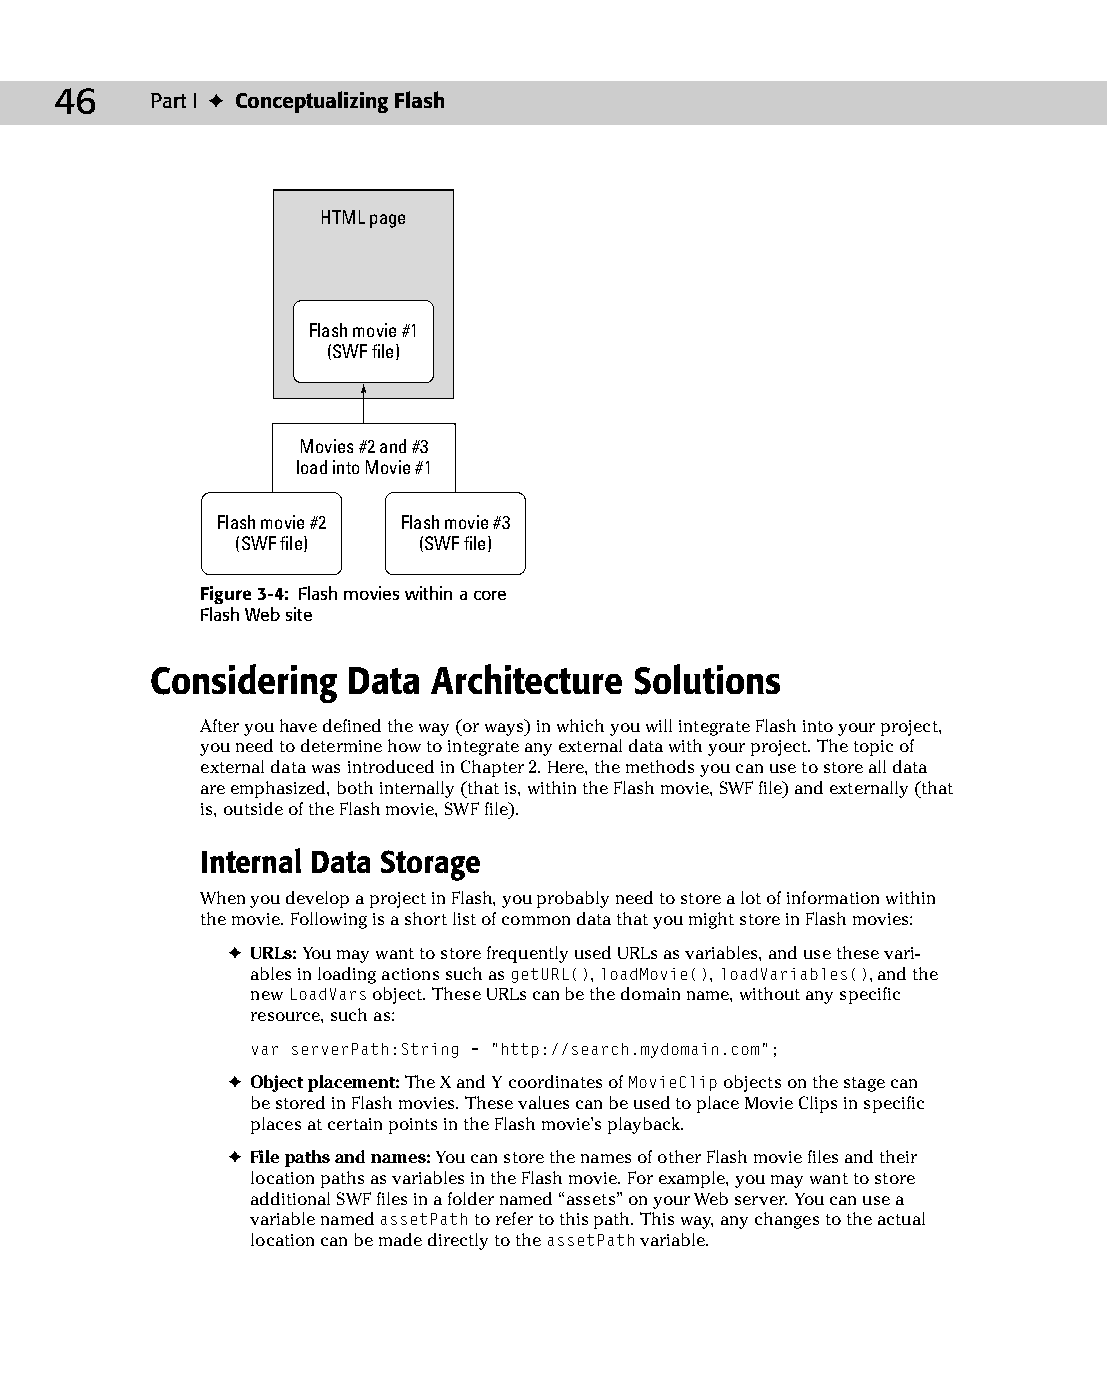
05 543547 ch03.qxd 3/24/04 3:51 PM Page 46
 46    Part I ✦ Conceptualizing Flash
 HTML page
 Flash movie #1
 (SWF file)
 Movies #2 and #3
 load into Movie #1
 Flash movie #2 Flash movie #3
 (SWF file)  (SWF file)
 Figure 3-4: Flash movies within a core
 Flash Web site
 Considering  Data  Architecture Solutions
 After you have defined the way (or ways) in which you will integrate Flash into your project,
 you need to determine how to integrate any external data with your project. The topic of
 external data was introduced in Chapter 2. Here, the methods you can use to store all data
 are emphasized, both internally (that is, within the Flash movie, SWF file) and externally (that
 is, outside of the Flash movie, SWF file).
 Internal Data Storage
 When you develop a project in Flash, you probably need to store a lot of information within
 the movie. Following is a short list of common data that you might store in Flash movies:
 ✦ URLs: You may want to store frequently used URLs as variables, and use these vari­
 ables in loading actions such as getURL(), loadMovie(), loadVariables(), and the
 new LoadVars object. These URLs can be the domain name, without any specific
 resource, such as:
 var serverPath:String = “http://search.mydomain.com”;
 ✦ Object placement: The X and Y coordinates of MovieClip objects on the stage can
 be stored in Flash movies. These values can be used to place Movie Clips in specific
 places at certain points in the Flash movie’s playback.
 ✦ File paths and names: You can store the names of other Flash movie files and their
 location paths as variables in the Flash movie. For example, you may want to store
 additional SWF files in a folder named “assets” on your Web server. You can use a
 variable named assetPath to refer to this path. This way, any changes to the actual
 location can be made directly to the assetPath variable.